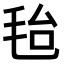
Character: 𣭆